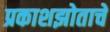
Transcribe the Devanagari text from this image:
प्रकाशझोताचे